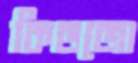
কিডজো